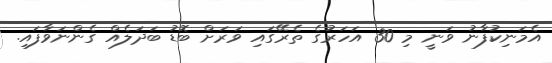
އެމަނިކުފާނު ވަނީ މި 30 އަހަރުގެ ތެރޭގައި ވަރަށް ބޮޑު ބަދަލެއް ގެންނަވާފައި.